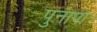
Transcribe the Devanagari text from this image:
पुनापा